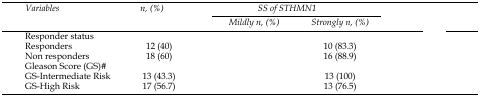
<table><thead><tr><td rowspan="3"><b><i>Variables</i></b></td><td rowspan="3"><b><i>n, (%)</i></b></td><td colspan="2"><b><i>SS of STHMN1</i></b></td><td rowspan="3">[EMPTY_CELL]</td></tr><tr><td><b><i>Mildly n,(%)</i></b></td><td><b><i>Strongly n, (%)</i></b></td></tr></thead><tbody><tr><td>Responder status</td><td>[EMPTY_CELL]</td><td>[EMPTY_CELL]</td><td>[EMPTY_CELL]</td><td>[EMPTY_CELL]</td></tr><tr><td>Responders</td><td>12 (40)</td><td>[EMPTY_CELL]</td><td>10 (83.3)</td><td>[EMPTY_CELL]</td></tr><tr><td>Non responders</td><td>18 (60)</td><td>[EMPTY_CELL]</td><td>16 (88.9)</td><td>[EMPTY_CELL]</td></tr><tr><td>Gleason Score (GS)#</td><td>[EMPTY_CELL]</td><td>[EMPTY_CELL]</td><td>[EMPTY_CELL]</td><td>[EMPTY_CELL]</td></tr><tr><td>GS-Intermediate Risk</td><td>13 (43.3)</td><td>[EMPTY_CELL]</td><td>13 (100)</td><td>[EMPTY_CELL]</td></tr><tr><td>GS-High Risk</td><td>17 (56.7)</td><td>[EMPTY_CELL]</td><td>13 (76.5)</td><td>[EMPTY_CELL]</td></tr></tbody></table>